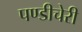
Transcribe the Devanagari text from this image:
पण्डीचेरी